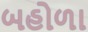
બહોળા